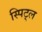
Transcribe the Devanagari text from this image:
स्पिट्ल